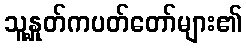
သူ့နှုတ်ကပတ်တော်များ၏